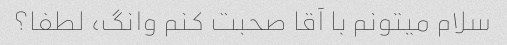
سلام میتونم با آقا صحبت کنم وانگ، لطفا؟